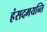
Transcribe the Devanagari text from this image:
हंसदमयन्ति